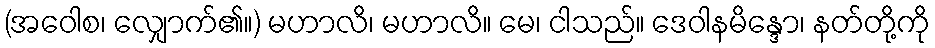
(အဝေါစ၊ လျှောက်၏။) မဟာလိ၊ မဟာလိ။ မေ၊ ငါသည်။ ဒေဝါနမိန္ဒော၊ နတ်တို့ကို